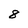
Character: 8